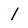
Character: 1